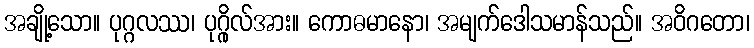
အချို့သော။ ပုဂ္ဂလဿ၊ ပုဂ္ဂိုလ်အား။ ကောဓမာနော၊ အမျက်ဒေါသမာန်သည်။ အဝိဂတော၊